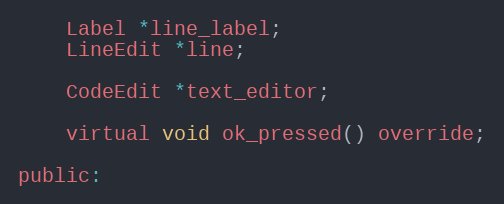
Language: C
	Label *line_label;
	LineEdit *line;

	CodeEdit *text_editor;

	virtual void ok_pressed() override;

public: